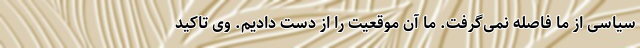
سیاسی از ما فاصله نمی‌گرفت. ما آن موقعیت را از دست دادیم. وی تاکید